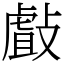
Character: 㪥